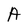
Character: A